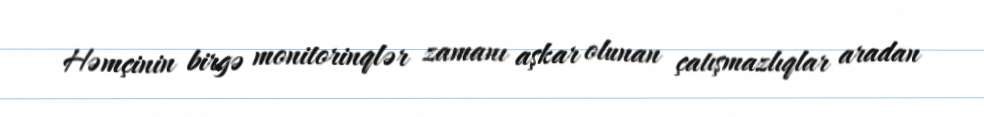
Həmçinin birgə monitorinqlər zamanı aşkar olunan çatışmazlıqlar aradan